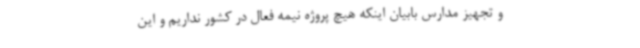
و تجهیز مدارس بابیان اینکه هیچ پروژه نیمه فعال در کشور نداریم و این